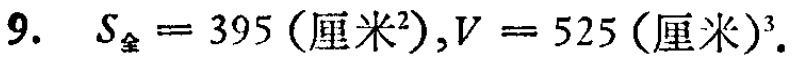
$9.\ \ S_{全}=395(厘米^{2}),V = 525(厘米)^{3}.$